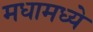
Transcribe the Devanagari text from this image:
मधामध्ये